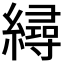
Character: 𦅀